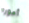
أموره